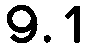
9.1